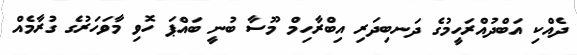
ދެއްކި އަބްދުއްރަހީމުގެ ދަނބިދަރި އިބްރާހިމް މޫސާ ބުނީ ބައްޕަ ހޮވި މާވަހަރުގެ ގުރާމެއް